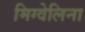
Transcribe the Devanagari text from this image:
मिग्वेलिना